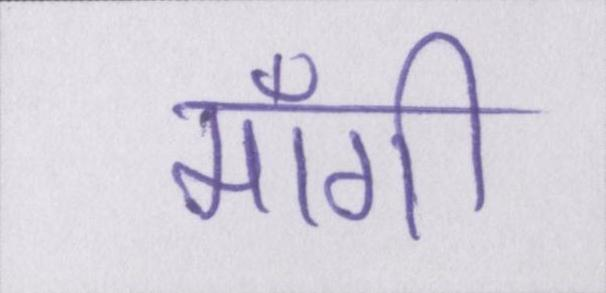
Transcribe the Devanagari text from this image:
माँगी